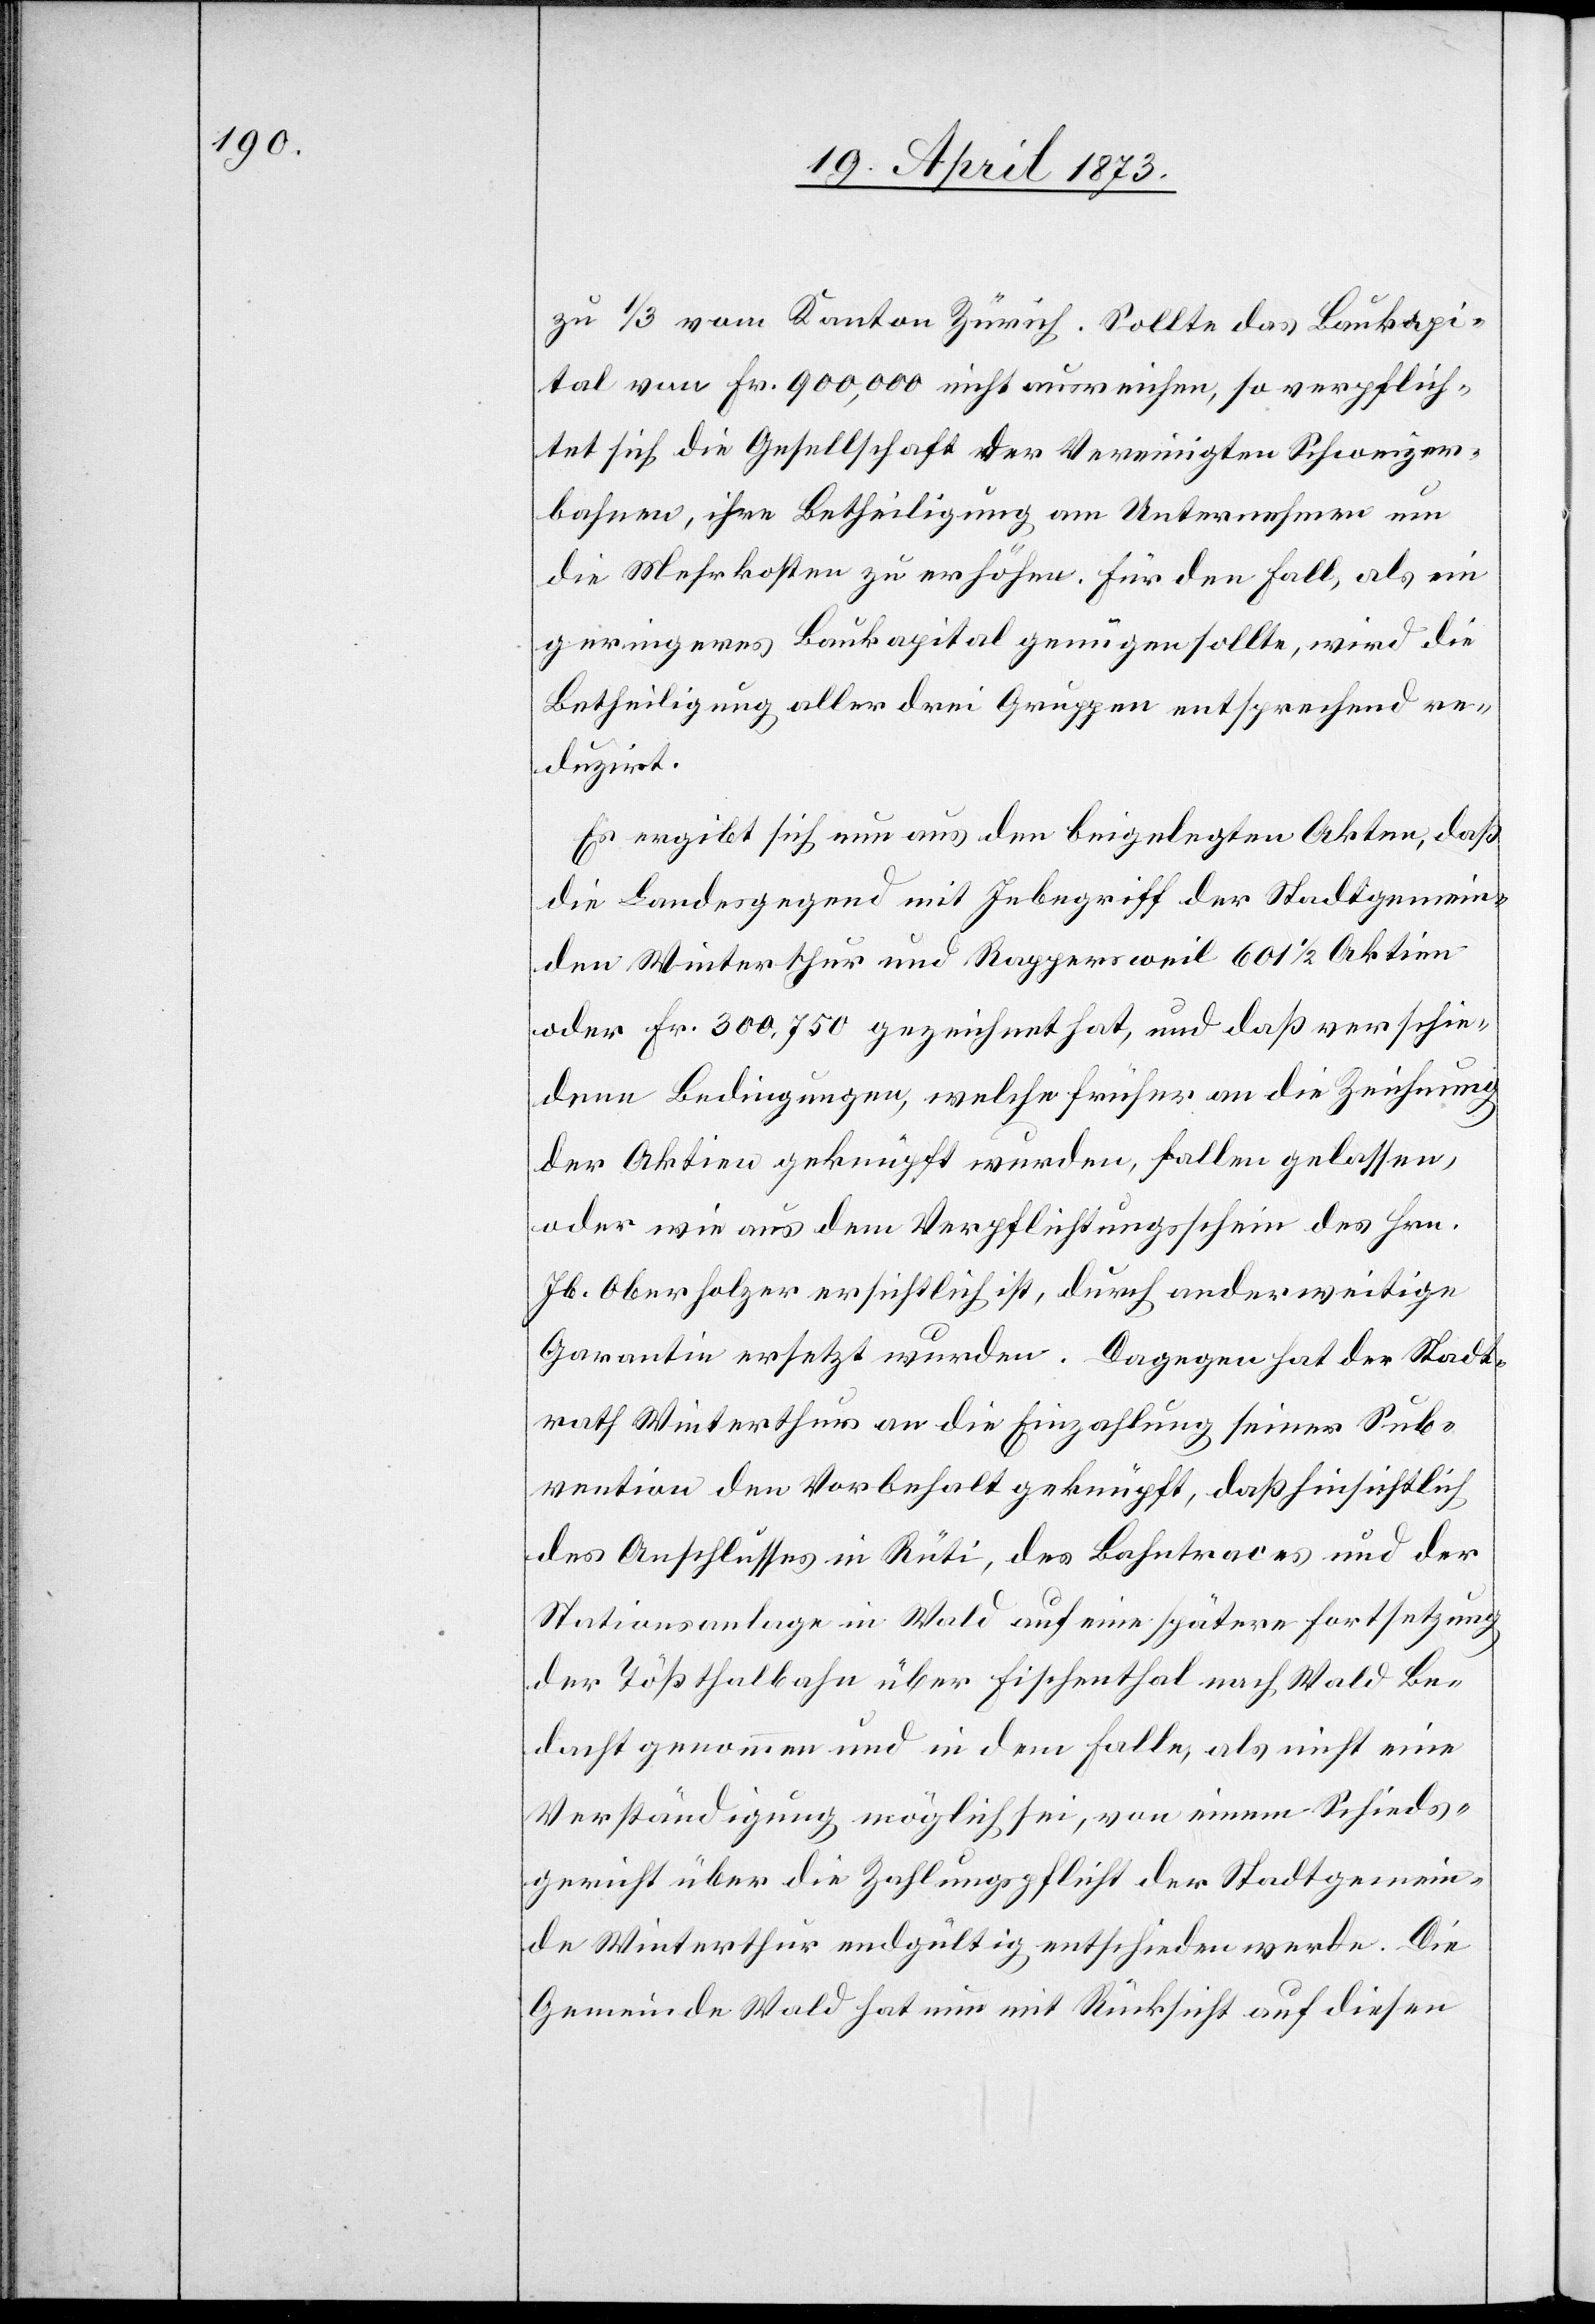
zu 1/3 vom Kanton Zürich. Sollte das Baukapi¬
tal von Fr. 900,000 nicht ausreichen, so verpflich¬
tet sich die Gesellschaft der Vereinigten Schweizer¬
bahnen, ihre Betheiligung am Unternehmen um
die Mehrkosten zu erhöhen. Für den Fall, als ein
geringeres Baukapital genügen sollte, wird die
Betheiligung aller drei Gruppen entsprechend re¬
duzirt.
Es ergibt sich nun aus den beigelegten Akten, daß
die Landesgegend mit Inbegriff der Stadtgemein¬
den Winterthur und Rappersweil 601 1/2 Aktien
oder Fr. 300,750 gezeichnet hat, und daß verschie¬
dene Bedingungen, welche früher an die Zeichnung
der Aktien geknüpft wurden, fallen gelassen,
oder wie aus dem Verpflichtungsschein des Hrn.
Jb. Oberholzer ersichtlich ist, durch anderweitige
Garantie ersetzt wurden. Dagegen hat der Stadt¬
rath Winterthur an die Einzahlung seiner Sub¬
vention den Vorbehalt geknüpft, daß hinsichtlich
des Anschlusses in Rüti, des Bahntraces und der
Stationsanlage in Wald auf eine spätere Fortsetzung
der Tößthalbahn über Fischenthal nach Wald Be¬
dacht genommen und in dem Falle, als nicht eine
Verständigung möglich sei, von einem Schieds¬
gericht über die Zahlungspflicht der Stadtgemein¬
de Winterthur endgültig entschieden werde. Die
Gemeinde Wald hat nun mit Rücksicht auf diesen